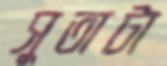
সুতাটা